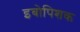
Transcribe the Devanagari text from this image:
इबोपिशक